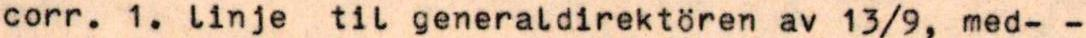
corr. 1. linje til generaldirektören av 13/9, med- -